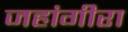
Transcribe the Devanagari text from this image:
जहांगीरा